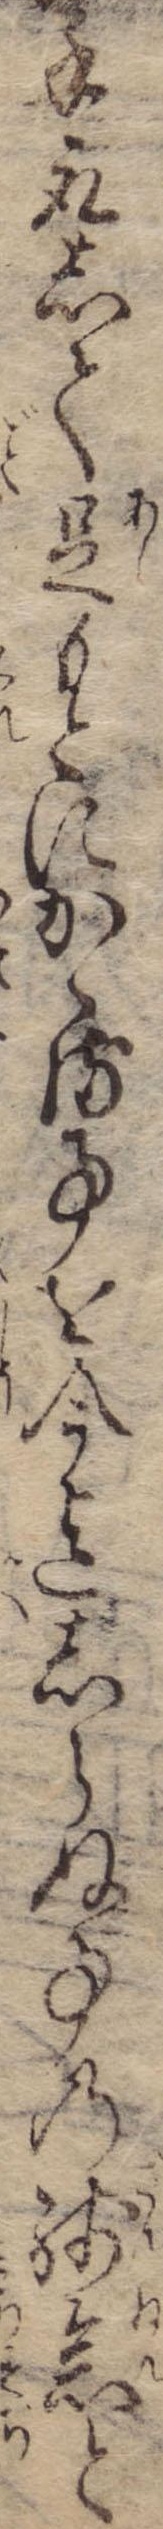
手取して足もとにかゝる事を今迄しらぬ事の残念と